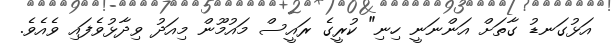
އަޅުގަނޑު ގާތަށް އަންނަނީ ހިނި" ކުރީގެ ރައީސް މައުމޫން މިއަދު ވިދާޅުވެފައި ވެއެވެ.